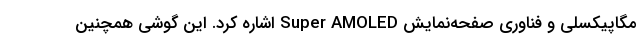
مگاپیکسلی و فناوری صفحه‌نمایش Super AMOLED اشاره کرد. این گوشی همچنین